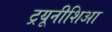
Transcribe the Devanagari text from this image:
ट्रयूनीशिआ